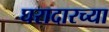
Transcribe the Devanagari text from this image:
घरादारच्या